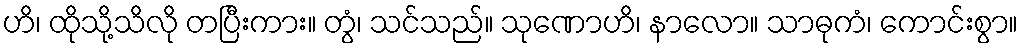
ဟိ၊ ထိုသို့သိလို တပြီးကား။ တွံ၊ သင်သည်။ သုဏောဟိ၊ နာလော။ သာဓုကံ၊ ကောင်းစွာ။